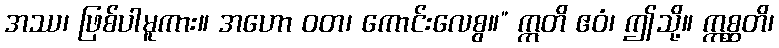
အဿ၊ ဖြစ်ပါမူကား။ အဟော ဝတ၊ ကောင်းလေစွ။” ဣတိ ဧဝံ၊ ဤသို့။ ဣစ္ဆတိ၊